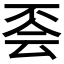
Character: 𠀾